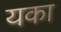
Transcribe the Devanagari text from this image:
यका